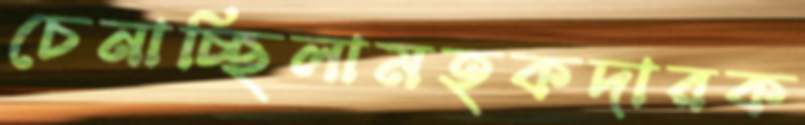
চেনাচ্ছিলামহকদারক